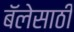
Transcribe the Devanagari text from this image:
बॅलेसाठी